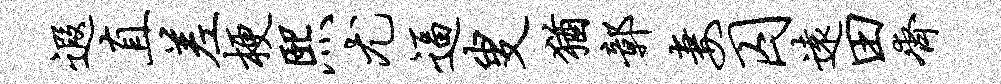
遐直差梗熙尤逼叟犹鄣妻囚远田齐